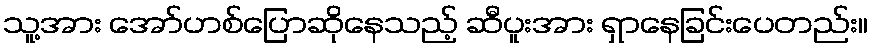
သူ့အား အော်ဟစ်ပြောဆိုနေသည့် ဆီပူးအား ရှာနေခြင်းပေတည်း။